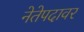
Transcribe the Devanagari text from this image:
नेतेपदावर